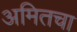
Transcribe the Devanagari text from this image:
अमितचा